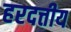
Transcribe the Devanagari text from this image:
हरदत्तीय